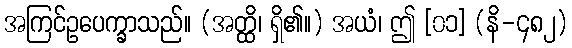
အကြင်ဥပေက္ခာသည်။ (အတ္ထိ၊ ရှိ၏။) အယံ၊ ဤ [၀၁] (နိ-၄၈၂)